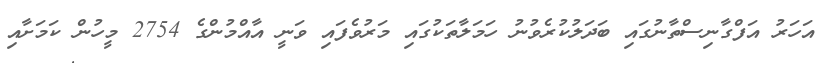
އަހަރު އަފްގާނިސްތާނުގައި ބަދަލުކުރެވުނު ހަމަލާތަކުގައި މަރުވެފައި ވަނީ އާއްމުންގެ 2754 މީހުން ކަމަށާއި